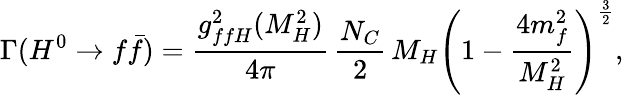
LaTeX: \Gamma(H^{0}\to f\bar{f})=\frac{g_{ffH}^{2}(M_{H}^{2})}{4\pi}\, \frac{N_{C}}{2}\, M_{H}\left(1-\frac{4m_{f}^{2}}{M_{H}^{2}}\right)^{\frac{3}{2}},